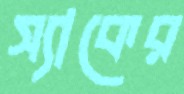
স্যাকের